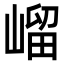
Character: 嵧